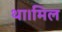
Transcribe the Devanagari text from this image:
था।मिल